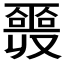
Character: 𠮎